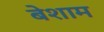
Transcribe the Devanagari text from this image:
बेशाम